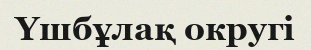
Үшбұлақ округі